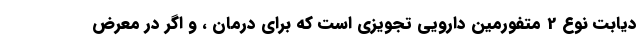
دیابت نوع 2 متفورمین دارویی تجویزی است که برای درمان ، و اگر در معرض